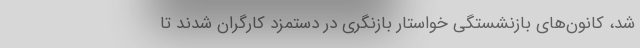
شد، کانون‌های بازنشستگی خواستار بازنگری در دستمزد کارگران شدند تا